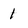
Character: 1